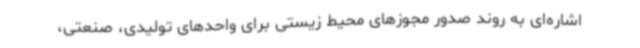
اشاره‌ای به روند صدور مجوزهای محیط زیستی برای واحدهای تولیدی، صنعتی،